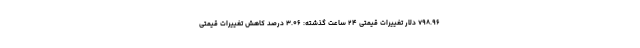
۷۹۸.۹۶ دلار تغییرات قیمتی ۲۴ ساعت گذشته: ۳.۰۶ درصد کاهش تغییرات قیمتی